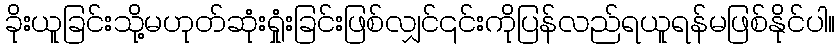
ခိုးယူခြင်းသို့မဟုတ်ဆုံးရှုံးခြင်းဖြစ်လျှင်၎င်းကိုပြန်လည်ရယူရန်မဖြစ်နိုင်ပါ။